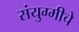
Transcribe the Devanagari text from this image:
संयुग्मीचे